65_HS1-834228961_62-HQ-83894_Section_10
Agency: FBI
Page 125
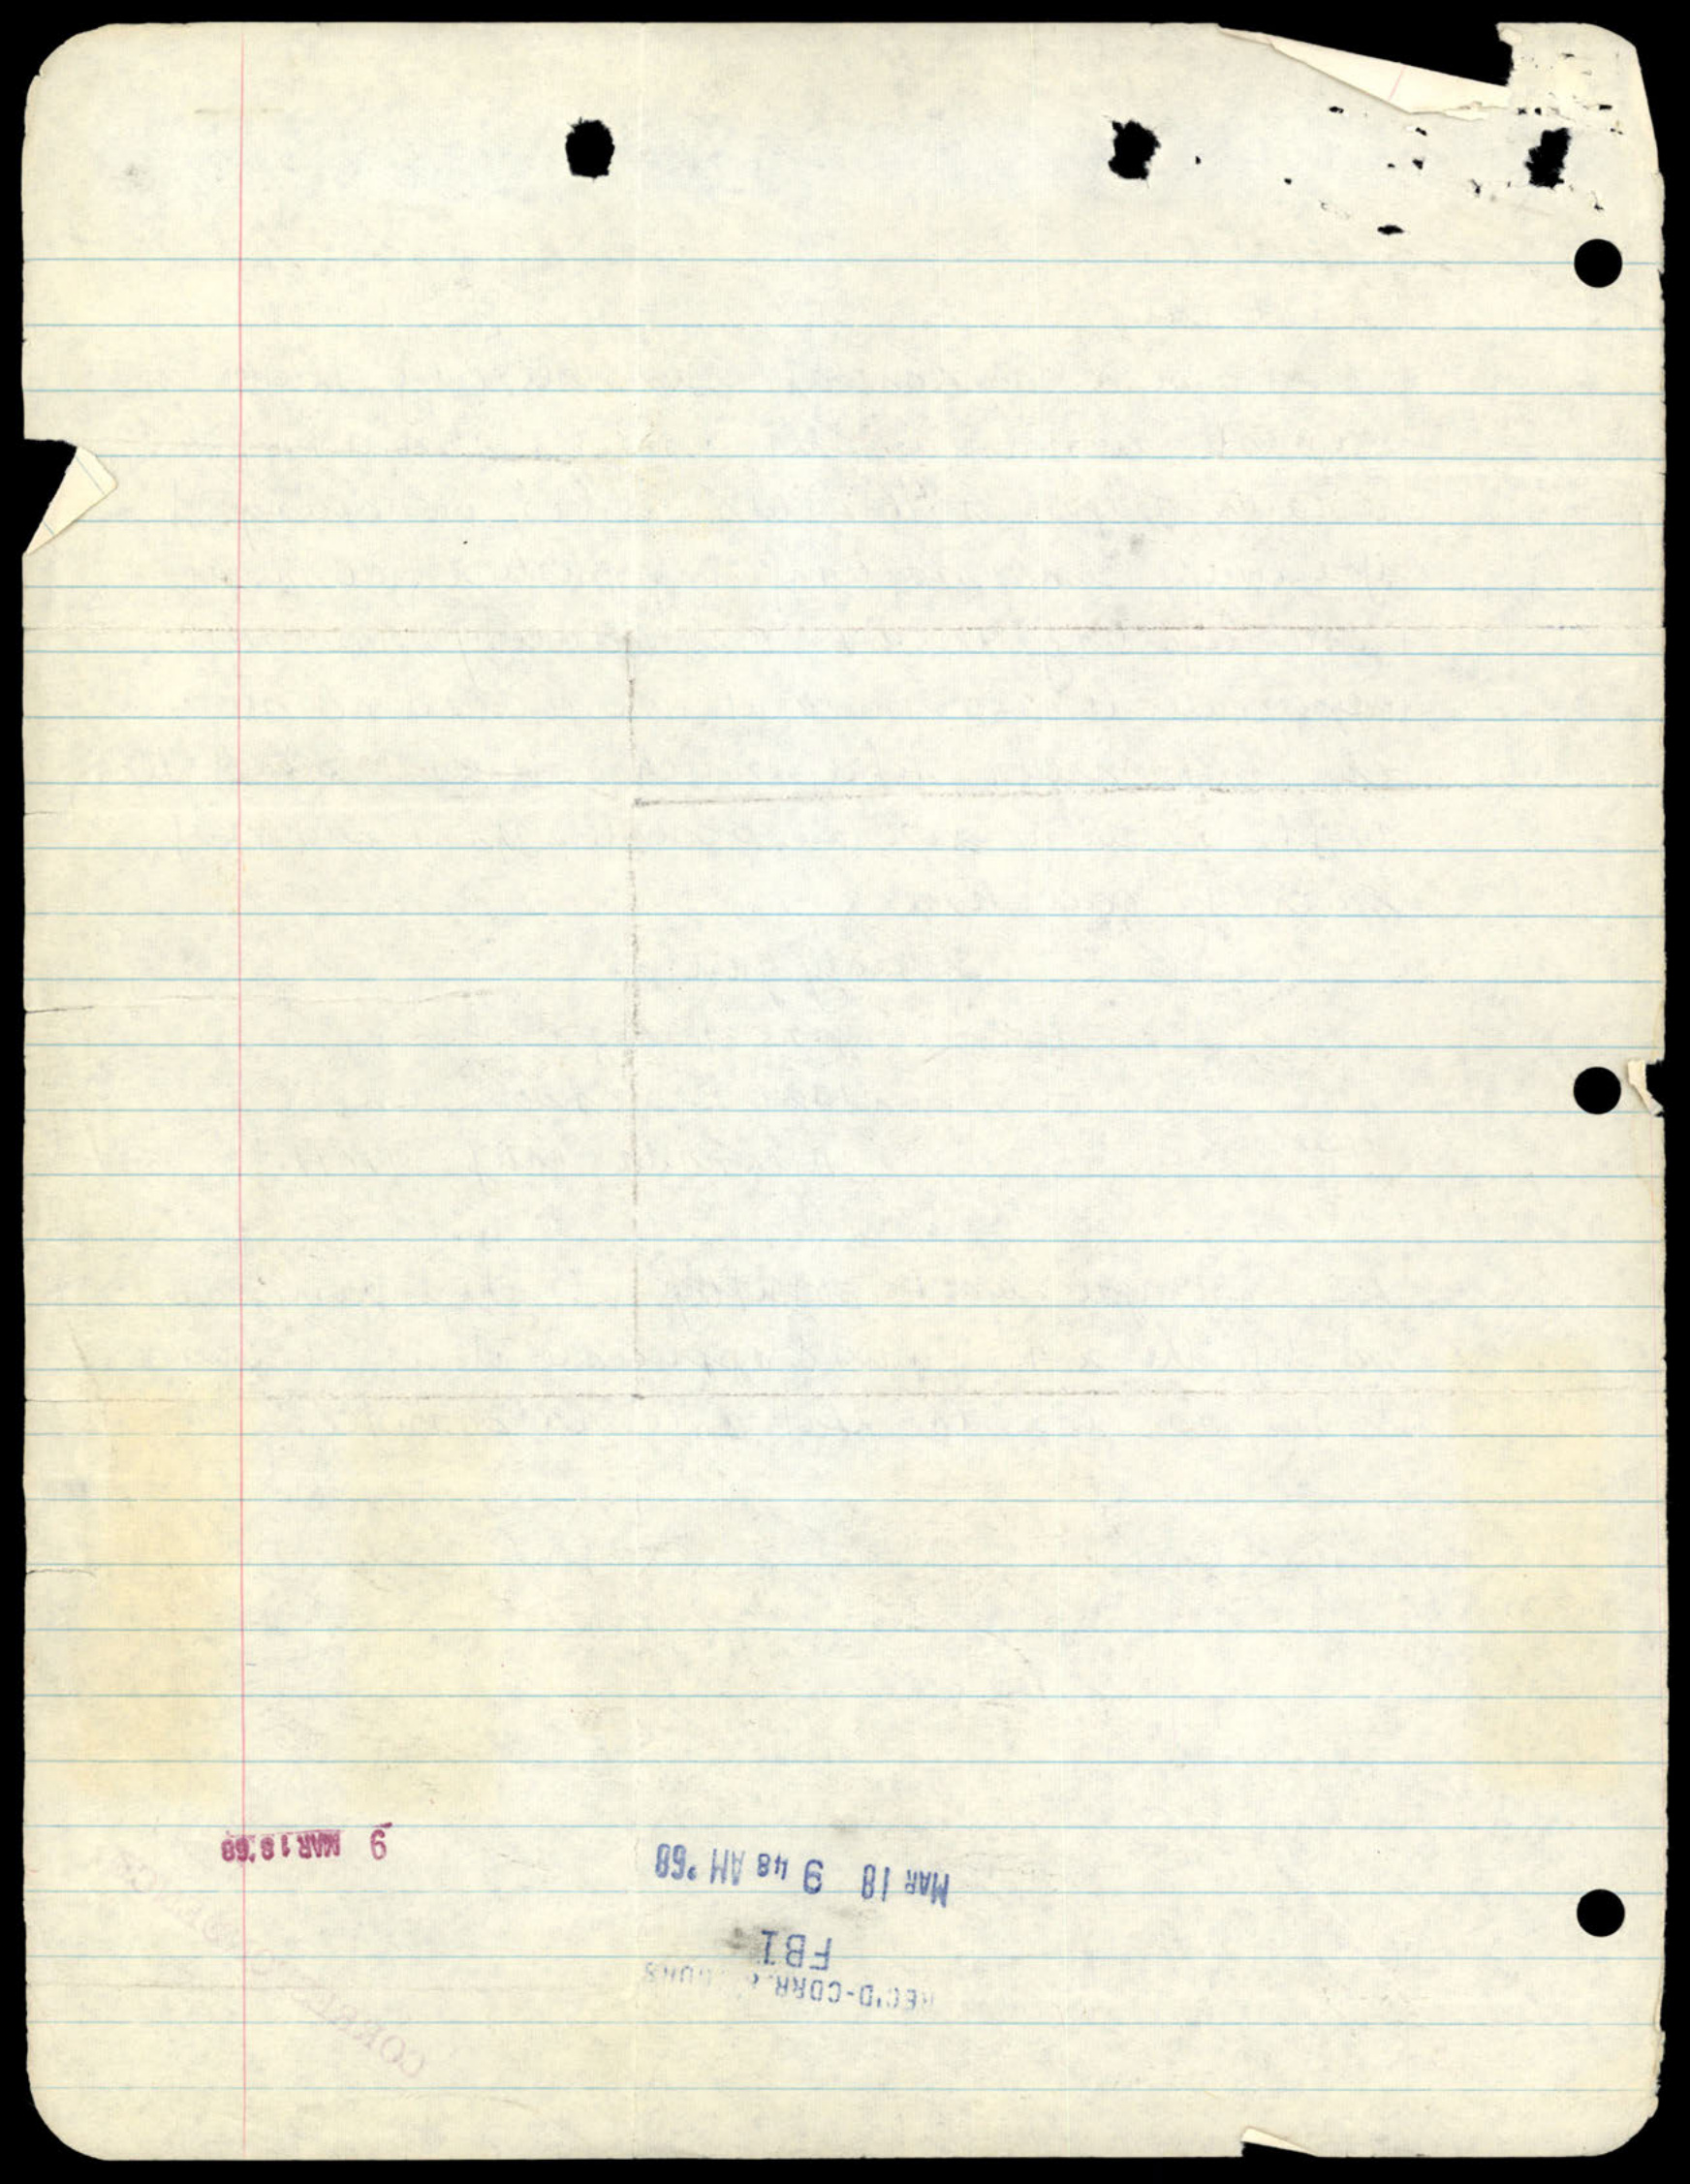